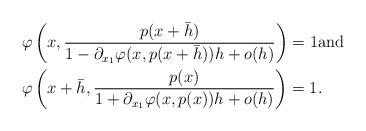
LaTeX: \begin{align*}&\varphi\left(x,\frac{p(x+\bar{h})}{1-\partial_{x_{1}}\varphi(x,p(x+\bar{h}))h+o(h)}\right)=1 \mbox{and}\\&\varphi\left(x+\bar{h},\frac{p(x)}{1+\partial_{x_{1}}\varphi(x,p(x))h+o(h)}\right)=1.\end{align*}